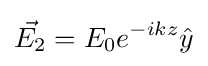
{\vec {E_{2}}}=E_{0}e^{-ikz}{\hat {y}}